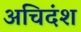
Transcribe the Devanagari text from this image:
अचिदंश